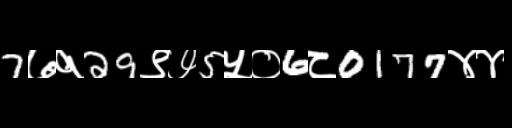
Text: 7७१29९७5५०6८0177४४